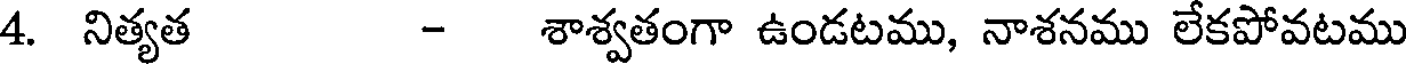
4. నిత్యత - శాశ్వతంగా ఉండటము, నాశనము లేకపోవటము